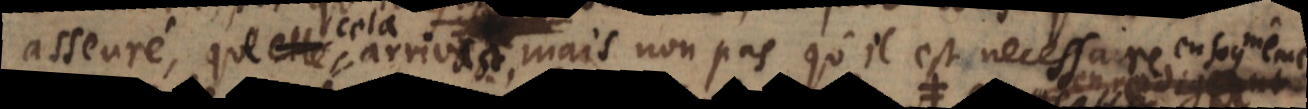
asseuré, que cela arrivast, mais non pas qu’il est necessaire, ny que